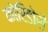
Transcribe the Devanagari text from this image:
कोरिडोरों